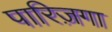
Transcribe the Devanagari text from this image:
पारिज़गा